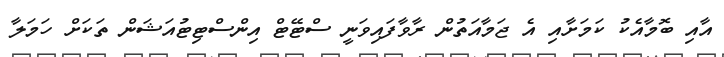
އާއި ބޮމާއެކު ކަމަށާއި އެ ޖަމާއަތުން ރާވާފައިވަނީ ސްޓޭޓް އިންސްޓިޓުއަޝަން ތަކަށް ހަމަލާ